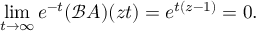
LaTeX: \operatorname* { l i m } _ { t \rightarrow \infty } e ^ { - t } ( { \mathcal { B } } A ) ( z t ) = e ^ { t ( z - 1 ) } = 0 .